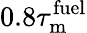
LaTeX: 0.8\tau_{\mathrm{m}}^{\mathrm{fuel}}